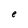
Character: e